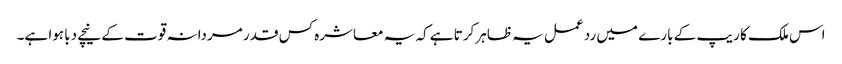
اس ملک کا ریپ کے بارے میں رد عمل یہ ظاہر کرتا ہے کہ یہ معاشرہ کس قدر مردانہ قوت کے نیچے دبا ہوا ہے۔